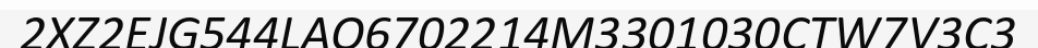
2XZ2EJG544LAO6702214M3301030CTW7V3C3